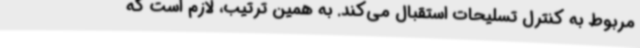
مربوط به کنترل تسلیحات استقبال می‌کند. به همین ترتیب، لازم است که